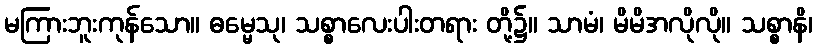
မကြားဘူးကုန်သော။ ဓမ္မေသု၊ သစ္စာလေးပါးတရား တို့၌။ သာမံ၊ မိမိအလိုလို။ သစ္စာနိ၊